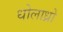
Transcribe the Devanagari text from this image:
धोलाध्रो